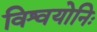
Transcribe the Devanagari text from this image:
विश्वयोनिः